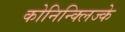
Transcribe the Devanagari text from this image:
कोनिन्क्लिज्के